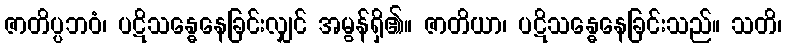
ဇာတိပ္ပဘဝံ၊ ပဋိသန္ဓေနေခြင်းလျှင် အမွန်ရှိ၏။ ဇာတိယာ၊ ပဋိသန္ဓေနေခြင်းသည်။ သတိ၊